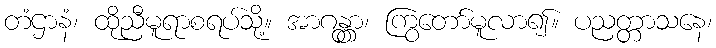
တံဌာနံ၊ ထိုညီမူရာစရပ်သို့။ အာဂန္တွာ၊ ကြွတော်မူလာ၍။ ပညတ္တာသနေ၊